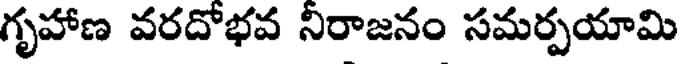
గృహాణ వరదోభవ నిరాజనం సమర్పయామి